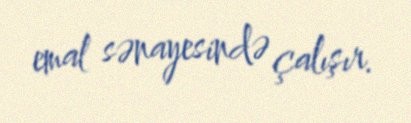
emal sənayesində çalışır.